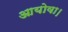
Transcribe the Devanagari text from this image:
आयोवा।